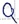
Text: Q